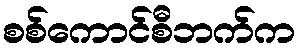
စစ်ကောင်စီဘက်က